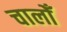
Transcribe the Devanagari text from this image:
चालोँ